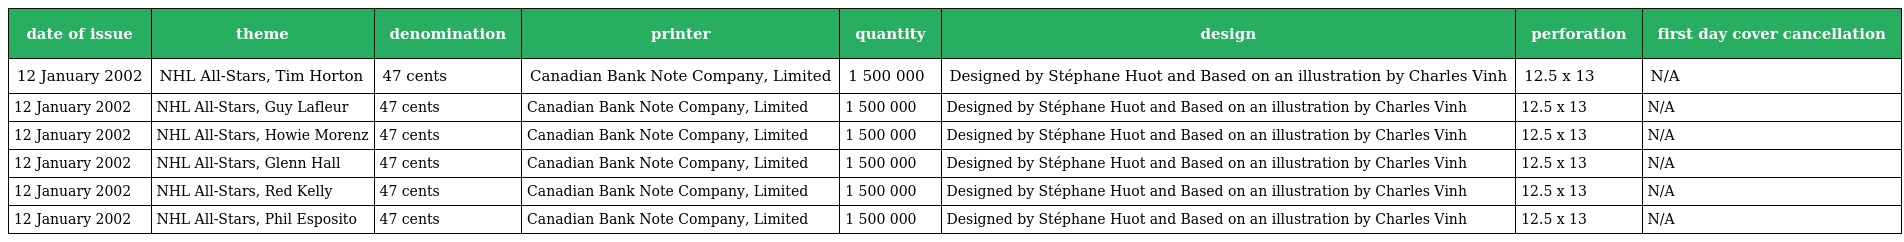
| date of issue | theme | denomination | printer | quantity | design | perforation | first day cover cancellation |
 | --- | --- | --- | --- | --- | --- | --- | --- |
 | 12 January 2002 | NHL All-Stars, Tim Horton | 47 cents | Canadian Bank Note Company, Limited | 1 500 000 | Designed by Stéphane Huot and Based on an illustration by Charles Vinh | 12.5 x 13 | N/A |
 | 12 January 2002 | NHL All-Stars, Guy Lafleur | 47 cents | Canadian Bank Note Company, Limited | 1 500 000 | Designed by Stéphane Huot and Based on an illustration by Charles Vinh | 12.5 x 13 | N/A |
 | 12 January 2002 | NHL All-Stars, Howie Morenz | 47 cents | Canadian Bank Note Company, Limited | 1 500 000 | Designed by Stéphane Huot and Based on an illustration by Charles Vinh | 12.5 x 13 | N/A |
 | 12 January 2002 | NHL All-Stars, Glenn Hall | 47 cents | Canadian Bank Note Company, Limited | 1 500 000 | Designed by Stéphane Huot and Based on an illustration by Charles Vinh | 12.5 x 13 | N/A |
 | 12 January 2002 | NHL All-Stars, Red Kelly | 47 cents | Canadian Bank Note Company, Limited | 1 500 000 | Designed by Stéphane Huot and Based on an illustration by Charles Vinh | 12.5 x 13 | N/A |
 | 12 January 2002 | NHL All-Stars, Phil Esposito | 47 cents | Canadian Bank Note Company, Limited | 1 500 000 | Designed by Stéphane Huot and Based on an illustration by Charles Vinh | 12.5 x 13 | N/A |